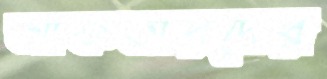
আকতারদের